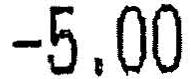
-5.00